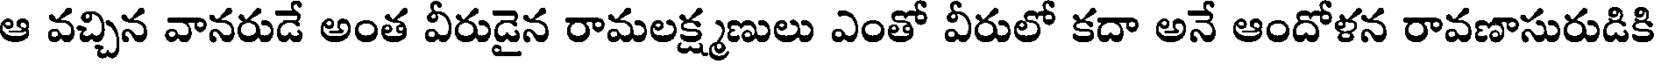
ఆ వచ్చిన వానరుడే అంత వీరుడైన రామలక్ష్మణులు ఎంతో వీరులో కదా అనే ఆందోళన రావణాసురుడికి